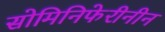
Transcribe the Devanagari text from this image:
सोमिनिफेरीनीन